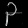
Digit: ၃